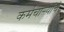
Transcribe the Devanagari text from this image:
कर्मचार्‍यांचे